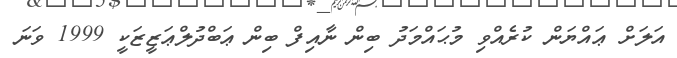
އަލަށް ޢައްޔަން ކުރެއްވި މުޙައްމަދު ބިން ނާއިފް ބިން ޢަބްދުލްޢަޒީޒަކީ 1999 ވަނަ